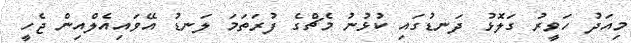
މިއަދު ހަވީރު ގަލޮޅު ދަނޑުގައި ކުޅުނު މެޗްގެ ފުރަތަމަ ލަނޑު އޭވައިއެލްއިން ޖެހީ